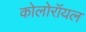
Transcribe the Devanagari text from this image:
कोलोरॉयल